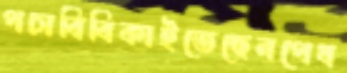
পচাবিবিকাইতেছেনপেষ